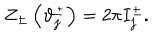
LaTeX: Z _ { \pm } \left( \vartheta _ { j } ^ { \pm } \right) = 2 \pi I _ { j } ^ { \pm } .